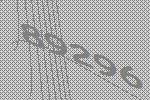
89296